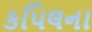
કપિલના